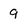
Character: 9